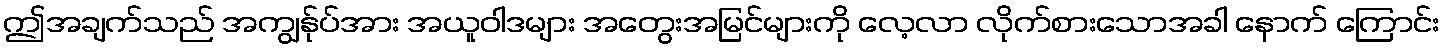
ဤအချက်သည် အကျွန်ုပ်အား အယူဝါဒများ အတွေးအမြင်များကို လေ့လာ လိုက်စားသောအခါ နောက် ကြောင်း